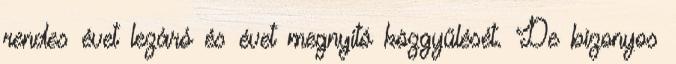
rendes évet lezáró és évet megnyitó közgyűlését. De bizonyos